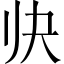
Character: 𱍬